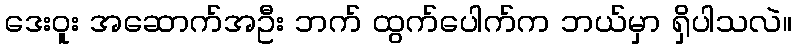
ဒေးဝူး အဆောက်အဦး ဘက် ထွက်ပေါက်က ဘယ်မှာ ရှိပါသလဲ။